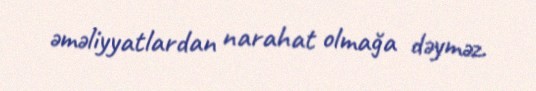
əməliyyatlardan narahat olmağa dəyməz.